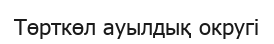
Төрткөл ауылдық округі